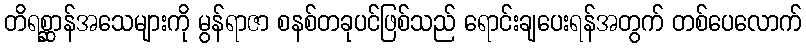
တိရစ္ဆာန်အသေများကို မွန်ရာဇာ စနစ်တခုပင်ဖြစ်သည် ရောင်းချပေးရန်အတွက် တစ်ပေလောက်